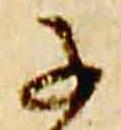
子